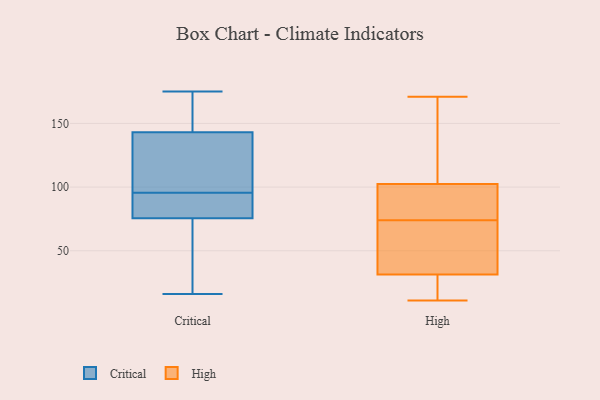
{"axis": {"x": "Humidity (%)", "y": "Value"}, "legend": ["Critical", "High"], "data": [{"x": "", "y": 175, "type": "Critical"}, {"x": "", "y": 131, "type": "Critical"}, {"x": "", "y": 102, "type": "Critical"}, {"x": "", "y": 89, "type": "Critical"}, {"x": "", "y": 75, "type": "Critical"}, {"x": "", "y": 148, "type": "Critical"}, {"x": "", "y": 138, "type": "Critical"}, {"x": "", "y": 40, "type": "Critical"}, {"x": "", "y": 153, "type": "Critical"}, {"x": "", "y": 76, "type": "Critical"}, {"x": "", "y": 16, "type": "Critical"}, {"x": "", "y": 87, "type": "Critical"}, {"x": "", "y": 21, "type": "High"}, {"x": "", "y": 74, "type": "High"}, {"x": "", "y": 80, "type": "High"}, {"x": "", "y": 115, "type": "High"}, {"x": "", "y": 29, "type": "High"}, {"x": "", "y": 171, "type": "High"}, {"x": "", "y": 38, "type": "High"}, {"x": "", "y": 101, "type": "High"}, {"x": "", "y": 29, "type": "High"}, {"x": "", "y": 11, "type": "High"}, {"x": "", "y": 79, "type": "High"}, {"x": "", "y": 103, "type": "High"}, {"x": "", "y": 108, "type": "High"}, {"x": "", "y": 63, "type": "High"}, {"x": "", "y": 57, "type": "High"}]}